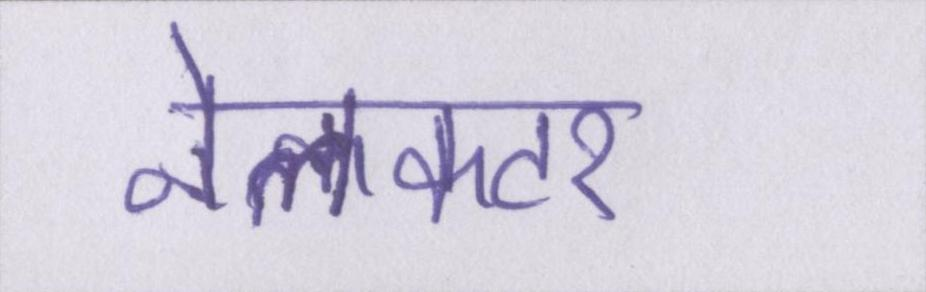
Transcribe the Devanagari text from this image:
नेलकटर